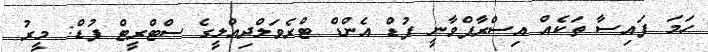
ހަމަ ފައިސާ ތަކެއް އިސްރާފްވާނީ ފުޑް އެންޑް ޓްރެވަލްދިއްލީގެ ސްޓްރީޓް ފުޑް: މީރު